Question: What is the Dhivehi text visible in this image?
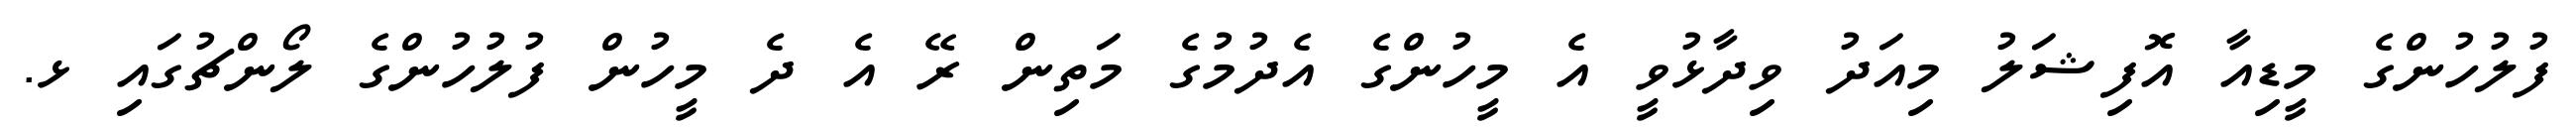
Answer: ފުލުހުންގެ މީޑިއާ އޮފިޝަލު މިއަދު ވިދާޅުވީ އެ މީހުންގެ އެދުމުގެ މަތިން ރޭ އެ ދެ މީހުން ފުލުހުންގެ ލޯންޗުގައި ޅ.